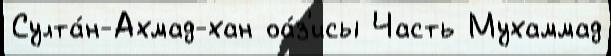
Султа́н-Ахмад-хан оа́з'исы Часть Мухаммад